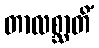
တာလစ္ဆာတိံ